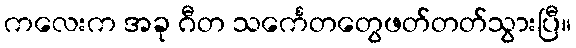
ကလေးက အခု ဂီတ သင်္ကေတတွေဖတ်တတ်သွားပြီ။